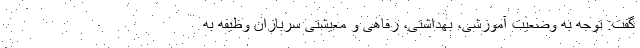
گفت: توجه به وضعیت آموزشی، بهداشتی، رفاهی و معیشتی سربازان وظیفه به